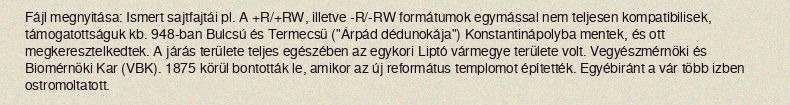
Fájl megnyitása: Ismert sajtfajtái pl. A +R/+RW, illetve -R/-RW formátumok egymással nem teljesen kompatibilisek, támogatottságuk kb. 948-ban Bulcsú és Termecsü ("Árpád dédunokája") Konstantinápolyba mentek, és ott megkeresztelkedtek. A járás területe teljes egészében az egykori Liptó vármegye területe volt. Vegyészmérnöki és Biomérnöki Kar (VBK). 1875 körül bontották le, amikor az új református templomot építették. Egyébiránt a vár több izben ostromoltatott.